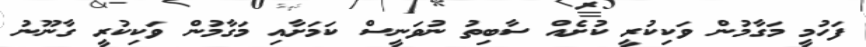
ފަހުމީ މަގާމުން ވަކިކުރީ ކުށެއް ސާބިތު ނުވަނީސް ކަމަށާއި މަގާމުން ވަކިކުރީ ގާނޫނު